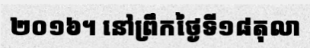
២០១៦។ នៅព្រឹកថ្ងៃទី១៨តុលា